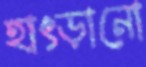
হাৎড়ানো